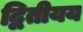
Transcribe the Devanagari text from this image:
द्वितीयय